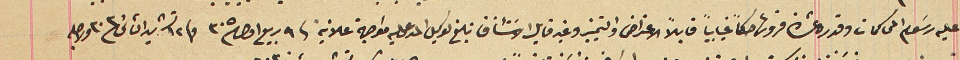
عليه رسَوم المحاكمات وقدره عشرة قروش حكماً غيابياً قابلاً الاعتراض والتمييز وغير قابل الاسَتئناف تبلغ لوكيل المدعى عليه مواجهة علانية فى ٩ ربيع اول ٣٠٥ و ١٢ تشرين الثانى/٣٠٣ ولاجله